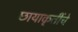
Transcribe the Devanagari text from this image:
छायाकृतींचे